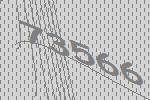
73566